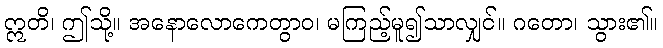
ဣတိ၊ ဤသို့။ အနောလောကေတွာဝ၊ မကြည့်မူ၍သာလျှင်။ ဂတော၊ သွား၏။